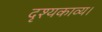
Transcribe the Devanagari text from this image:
दृश्यकाव्य।